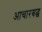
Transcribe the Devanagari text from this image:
आचारबद्ध